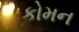
કોમન